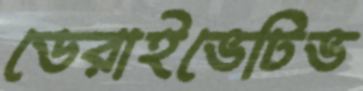
ডেরাইভেটিভ